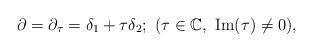
LaTeX: \begin{align*}\partial = \partial_{\tau} = \delta_1 + \tau \delta_2; \ (\tau \in \mathbb{C}, \ \mathrm{Im}(\tau)\neq 0),\end{align*}